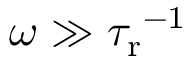
\omega \gg { \tau _ { \mathrm { r } } } ^ { - 1 }